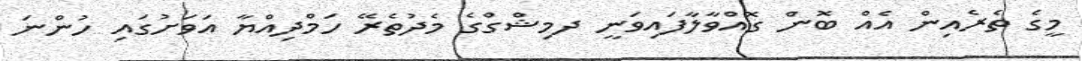
މީގެ ތެރެއިން އެއް ބޮން ގޮއްވާލާފައިވަނީ ދމިޝްގްގެ މެދުތެރޭ ހަމްދިއްޔާ އަވަށުގައި ހުންނަ